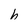
Character: h